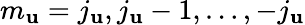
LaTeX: m_{\mathbf{u}}=j_{\mathbf{u}},j_{\mathbf{u}}-1,\ldots,-j_{\mathbf{u}}